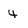
Character: 4